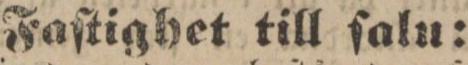
Faſtighet till ſalu: